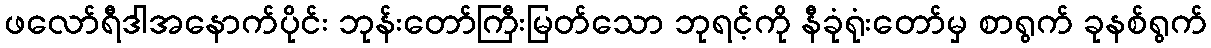
ဖလော်ရီဒါအနောက်ပိုင်း ဘုန်းတော်ကြီးမြတ်သော ဘုရင့်ကို နီခုံရုံးတော်မှ စာရွက် ခုနစ်ရွက်